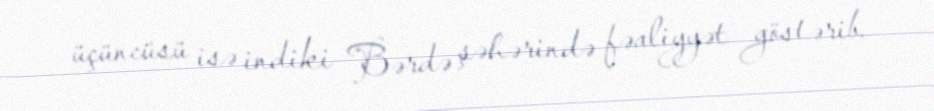
üçüncüsü isə indiki Bərdə şəhərində fəaliyyət göstərib.